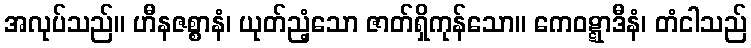
အလုပ်သည်။ ဟီနဇစ္စာနံ၊ ယုတ်ညံ့သော ဇာတ်ရှိကုန်သော။ ကေဝဋ္ဋာဒီနံ၊ တံငါသည်